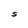
Character: S